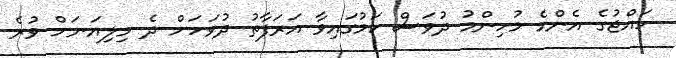
ހައްޖުގެ އެންމެ މުހިންމު ދުވަސް ކަމުގައިވާ އަރަފާތު ދުވަހަށް ދެ މިލިއަނަށް ވުރެ